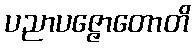
ပညာပဇ္ဇောတောတိ